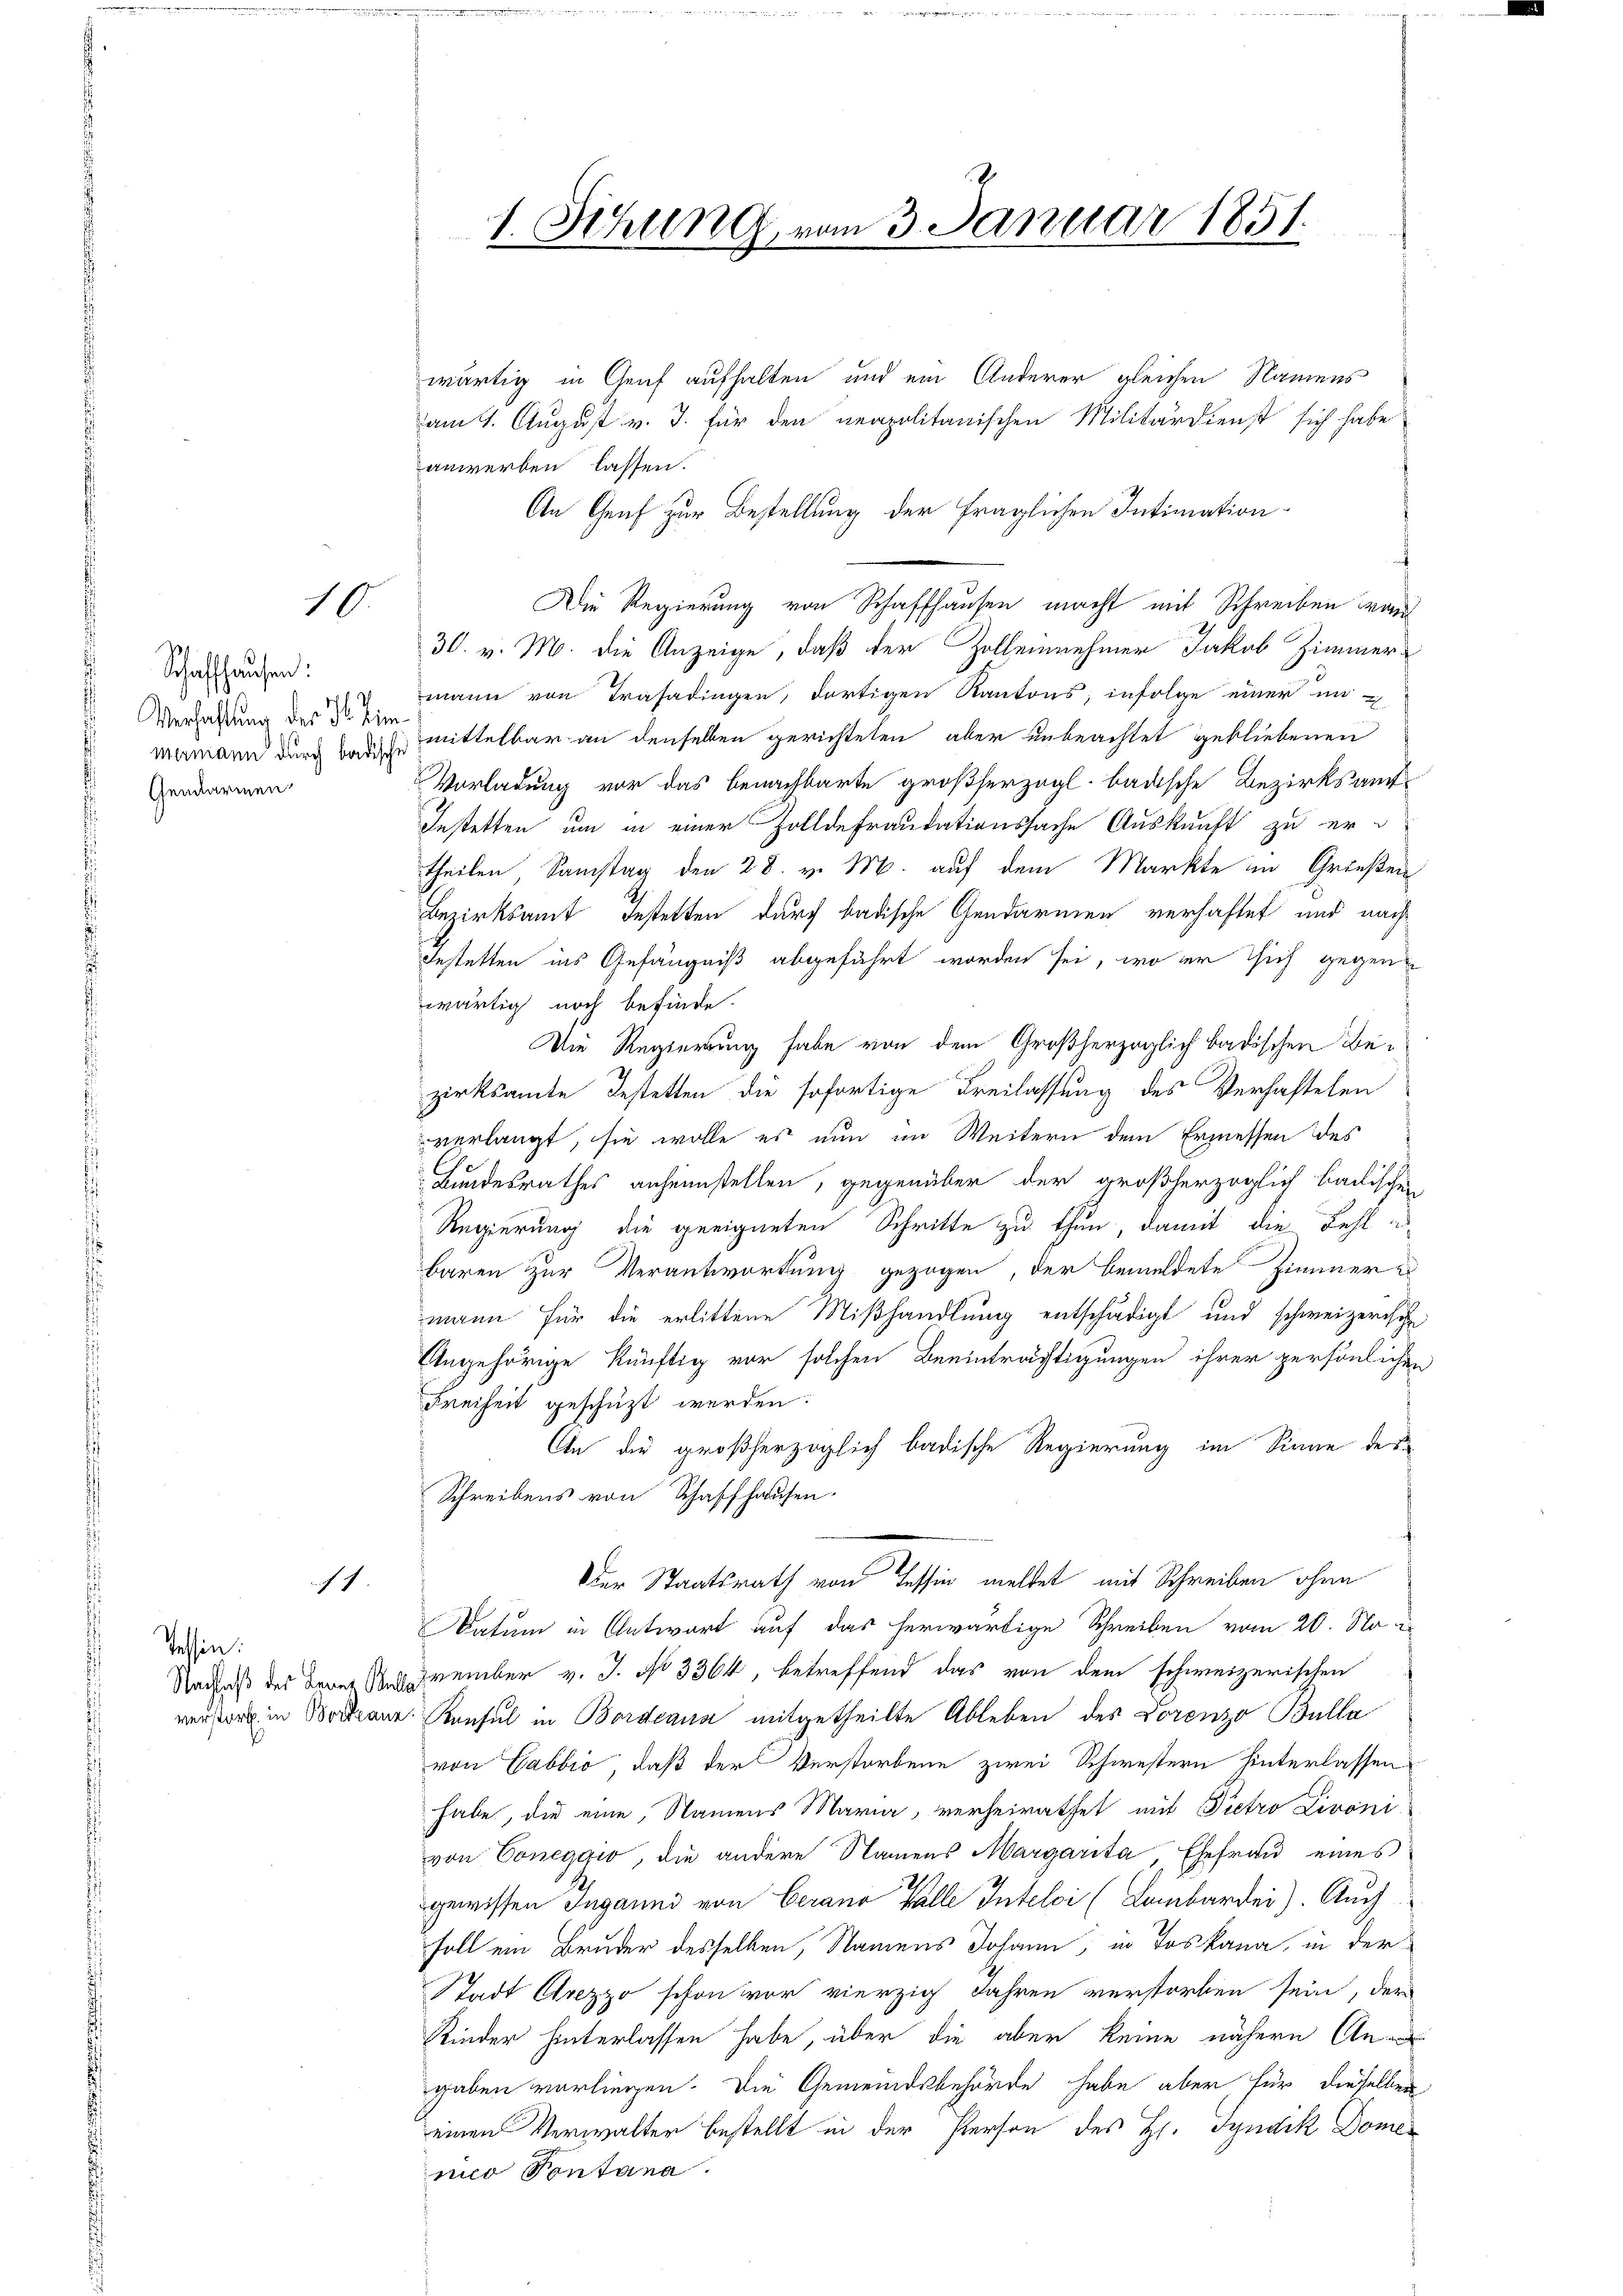
10.

Schaffhausen:
Verhaltung der I. Zim
mermann durch badische
Gendarmen

11.

Tessin:
Nachlaß der Bener Ball
verstarb in Bortraue

1. Sitzung vom 3. Januar 1851.

wärtig in Genf aufhalten und ein Anderer gleichen Namens
am 1. August v. J. für den neapolitanischen Militärdienst sich habe
anwerben lassen.
An Genf zur Bestellung der fraglichen Intimation
Die Regierung von Schaffhausen macht mit Schreiben war
30. v. M. die Anzeige, daß der Zollennehmer Jakob Zimmermann von Trasadingen, dortigen Kantons; infolge einer in
mittelbar an denselben gerichteten aber unbeachtet gebliebenen
Vorladung vor das benachbarte großherzogl. badische Bezirksauf-
Instetten um in einer Zolldefraudationssache Auskunft zu ertheilen Samstag den 28. v. M. auf dem Markte in Grießen
Bezirksamt bestetten durch badische Gendarmen verhaftet und nach
bestetten ins Gefängniß abgeführt worden sei, wo er sich gegen
wärtig noch befinde.
Die Regierung habe von dem Großherzoglich badischen Bezirksamte Bestetten die sofortige Freilassung des Verhaftelen
verlangt, sie wolle es nun im Weitern den Ermessen des
Bundesrathes anheimstellen, gegenüber der großherzoglich badischen
Regierung die geeigneten Schritte zu thun, damit die Fehl a
baren zur Verantwortung gezogen, der bemeldete Zimmer
mann für die erlittene Mißhandlung entschädigt und schweizerische
Angehörige künftig vor solchen Beeinträchtigungen ihrer persönlichen
Freiheit geschüzt werden.
An die großherzoglich badische Regierung im Sinne des
Schreibens von Schaffhausen.
Der Staatsrath von Tessin meldet mit Schreiben ohne
Datum in Antwort auf das herwärtige Schreiben vom 20. No
vember v. J. No 3364, betreffend das von dem schweizerischen
Keufel in Bordeaus mitgetheilte Ableben des Lorenzo Bulla
von Gabbio, daß der Verstorbene zwei Schwestern hinterlassen
habe, die eine, Namens Maria, verheirathet mit Pietro Livoni
von Coneggio, die andere Namens Margarita, Ehefrau eines
gewissen Inganni von Gerano Galle Inteloi (Lombardei). Auch
soll ein Bruder desselben, Namens Johann, in Toskana, in der
Stadt Arezzo schon vor vierzig Jahren verstorben sein, der
Kinder hinterlassen habe, über die aber keine nähern An
gaben vorliegen. Die Gemeindsbehörde habe aber für dieselben
einen Verwalter bestellt in der Person des H. Syndik Domemio Pontana.